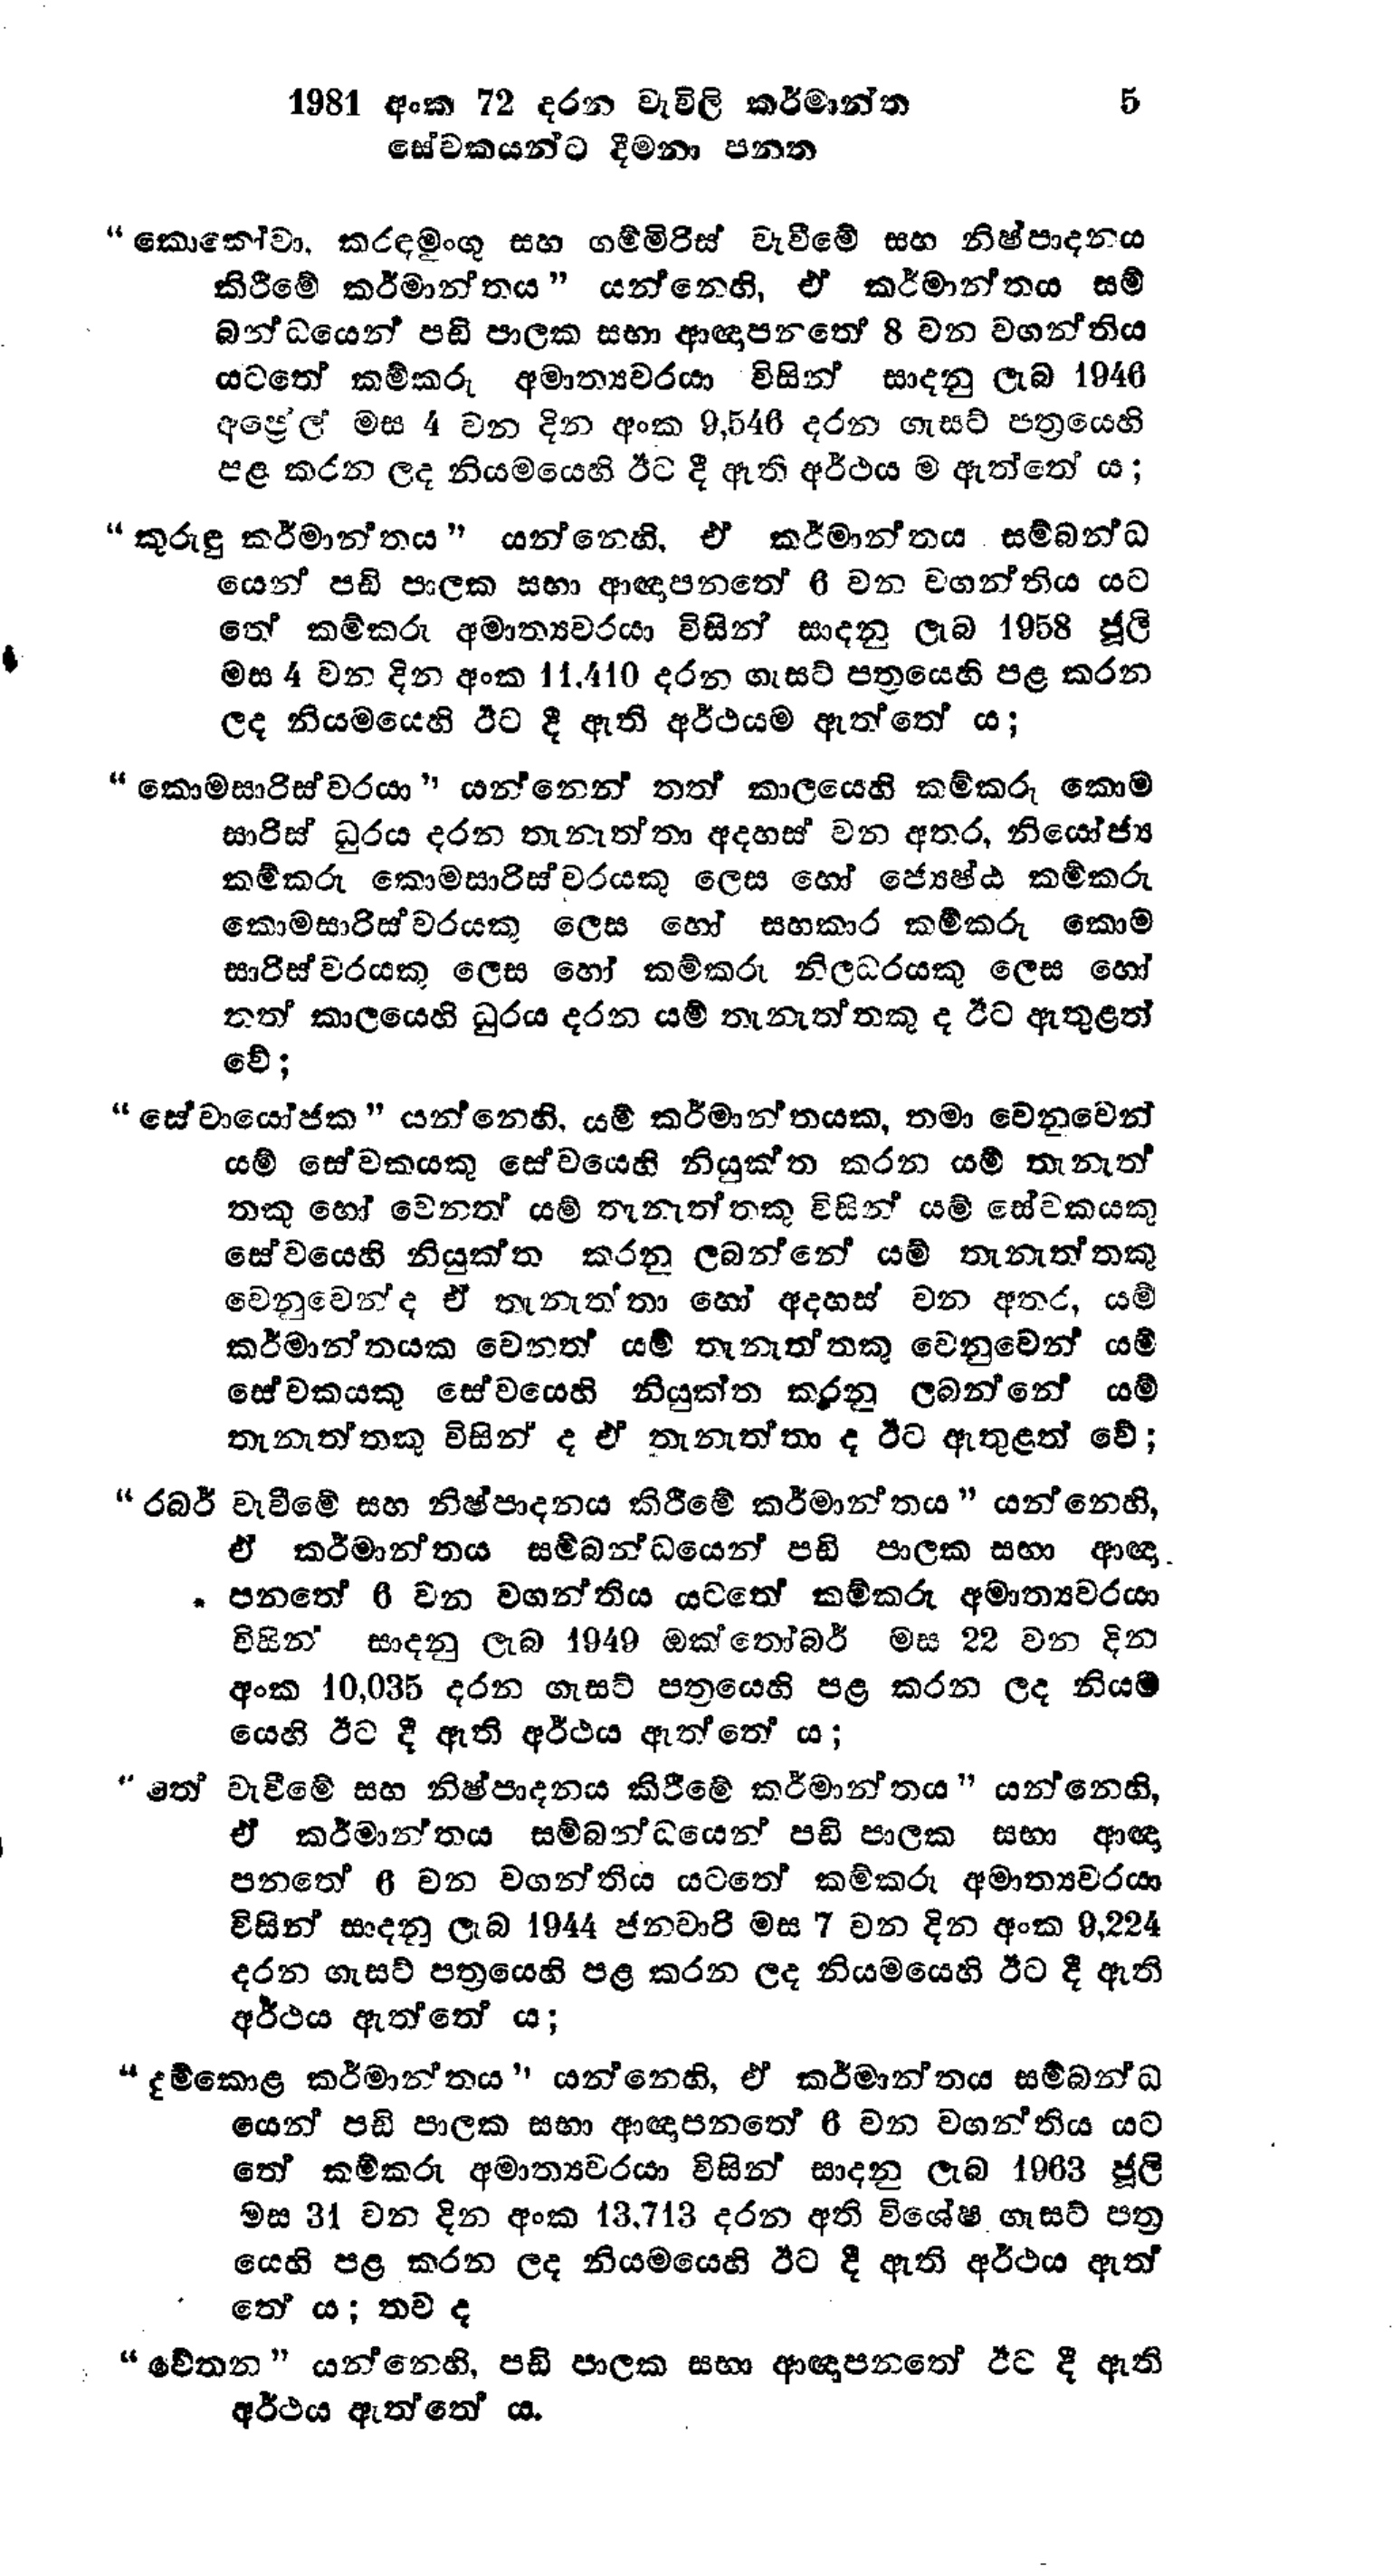
1981 අංක 72 දරන වැවිලි කර්මාන්ත     5
සේවකයන්ට දීමනා පනත

" කොකෝවා, කරඳමුංගු සහ ගම්මිරිස් වැවීමේ සහ නිෂ්පාදනය
කිරීමේ කර්මාන්තය " යන්නෙහි, ඒ කර්මාන්තය සම්
බන්ධයෙන් පඩි පාලක සභා ආඥාපනතේ 8 වන වගන්තිය
යටතේ කම්කරු අමාත්‍යවරයා විසින් සාදනු ලැබ 1946
අප්‍රේල් මස 4 වන දින අංක 9,546 දරන ගැසට් පත්‍රයෙහි
පළ කරන ලද නියමයෙහි ඊට දී ඇති අර්ථය ම ඇත්තේ ය;

"කුරුඳු කර්මාන්තය " යන්නෙහි, ඒ කර්මාන්තය සම්බන්ධ
යෙන් පඩි පාලක සභා ආඥාපනතේ 6 වන වගන්තිය යට
තේ කම්කරු අමාත්‍යවරයා විසින් සාදනු ලැබ 1958 ජූලි
මස 4 වන දින අංක 11,410 දරන ගැසට් පත්‍රයෙහි පළ කරන
ලද නියමයෙහි ඊට දී ඇති අර්ථයම ඇත්තේ ය;

"කොමසාරිස්වරයා " යන්නෙන් තත් කාලයෙහි කම්කරු කොම
සාරිස් ධුරය දරන තැනැත්තා අදහස් වන අතර, නියෝජ්‍ය
කම්කරු කොමසාරිස්වරයකු ලෙස හෝ ජ්‍යෙෂ්ඨ කම්කරු
කොමසාරිස්වරයකු ලෙස හෝ සහකාර කම්කරු කොම
සාරිස්වරයකු ලෙස හෝ කම්කරු නිලධරයකු ලෙස හෝ
තත් කාලයෙහි ධුරය දරන යම් තැනැත්තකු ද ඊට ඇතුළත්
වේ;

"සේවායෝජක " යන්නෙහි, යම් කර්මාන්තයක, තමා වෙනුවෙන්
යම් සේවකයකු සේවයෙහි නියුක්ත කරන යම් තැනැත්
තකු හෝ වෙනත් යම් තැනැත්තකු විසින් යම් සේවකයකු
සේවයෙහි නියුක්ත කරනු ලබන්නේ යම් තැනැත්තකු
වෙනුවෙන්ද ඒ තැනැත්තා හෝ අදහස් වන අතර, යම්
කර්මාන්තයක වෙනත් යම් තැනැත්තකු වෙනුවෙන් යම්
සේවකයකු සේවයෙහි නියුක්ත කරනු ලබන්නේ යම්
තැනැත්තකු විසින් ද ඒ තැනැත්තා ද ඊට ඇතුළත් වේ;

"රබර් වැවීමේ සහ නිෂ්පාදනය කිරීමේ කර්මාන්තය" යන්නෙහි,
ඒ කර්මාන්තය සම්බන්ධයෙන් පඩි පාලක සභා ආඥා
පනතේ 6 වන වගන්තිය යටතේ කම්කරු අමාත්‍යවරයා
විසින් සාදනු ලැබ 1949 ඔක්තෝබර් මස 22 වන දින
අංක 10,035 දරන ගැසට් පත්‍රයෙහි පළ කරන ලද නියම
යෙහි ඊට දී ඇති අර්ථය ඇත්තේ ය;

"තේ වැවීමේ සහ නිෂ්පාදනය කිරීමේ කර්මාන්තය" යන්නෙහි,
ඒ කර්මාන්තය සම්බන්ධයෙන් පඩි පාලක සභා ආඥා
පනතේ 6 වන වගන්තිය යටතේ කම්කරු අමාත්‍යවරයා
විසින් සාදනු ලැබ 1944 ජනවාරි මස 7 වන දින අංක 9,224
දරන ගැසට් පත්‍රයෙහි පළ කරන ලද නියමයෙහි ඊට දී ඇති
අර්ථය ඇත්තේ ය;

“දුම්කොළ කර්මාන්තය" යන්නෙහි, ඒ කර්මාන්තය සම්බන්ධ
යෙන් පඩි පාලක සභා ආඥාපනතේ 6 වන වගන්තිය යට
තේ කම්කරු අමාත්‍යවරයා විසින් සාදනු ලැබ 1963 ජූලි
මස 31 වන දින අංක 13,713 දරන අති විශේෂ ගැසට් පත්‍ර
යෙහි පළ කරන ලද නියමයෙහි ඊට දී ඇති අර්ථය ඇත්
තේ ය; තව ද

"චේතන " යන්නෙහි, පඩි පාලක සභා ආඥාපනතේ ඊට දී ඇති
අර්ථය ඇත්තේය.